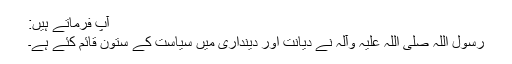
آپ فرماتے ہیں:
رسول اللہ صلی اللہ علیہ وآلہ نے دیانت اور دینداری میں سیاست کے ستون قائم کئے ہے۔